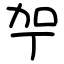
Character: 𪟗